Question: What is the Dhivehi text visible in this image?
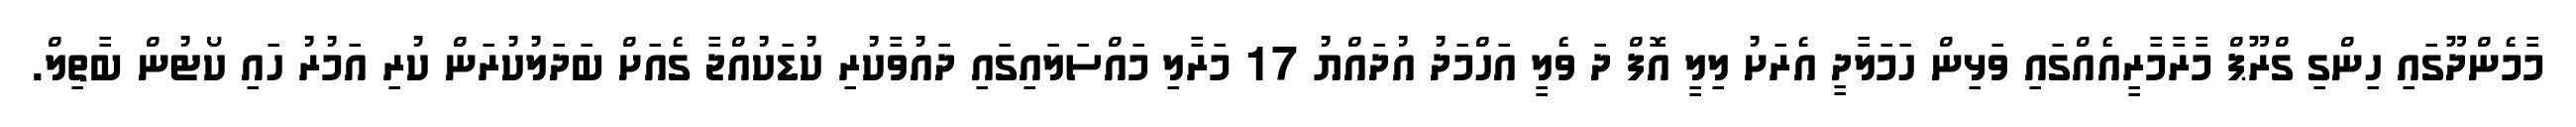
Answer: މާމެންދޫގައި ހިންގި ގްރޫޕް މާރާމާރީއެއްގައި ވަޅިން ހަމަލާދީ އެރަށު ލިލީ އޮފް ދަ ވެލީ އަހްމަދު އުދައްޔު 17 މަރާލި މައްސަލައިގައި ދައުވާކުރި ކުޑަކުއްޖާ ގެއަށް ބަދަލުކުރަން ކުރި އަމުރު ހައި ކޯޓުން ބާތިލް.